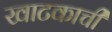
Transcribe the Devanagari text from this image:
खाटकाची